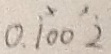
0 . 1 \dot { 0 } 0 \dot { 2 }